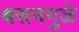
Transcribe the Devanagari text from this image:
श्वसनमुळे